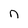
Character: n